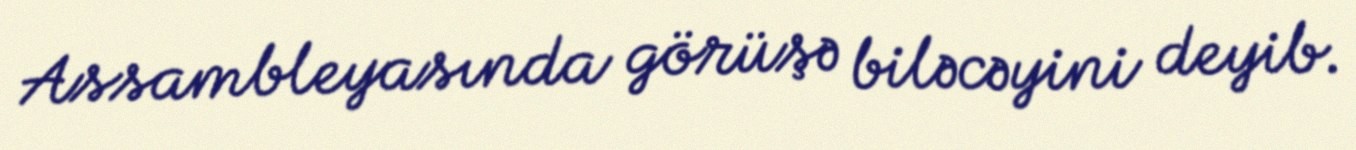
Assambleyasında görüşə biləcəyini deyib.